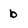
Character: b